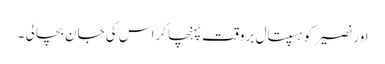
اور نصیر کو ہسپتال بروقت پہنچا کر اس کی جان بچا لی ۔